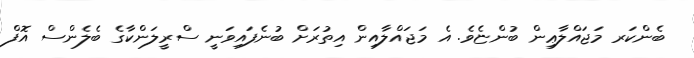
ބެންކަރ މަޖައްލާޢިން ބުންޏެވެ. އެ މަޖައްލާއިން އިތުރަށް ބުނެފައިވަނީ ސްރީލަންކާގެ ބެލެންސް އޮފް